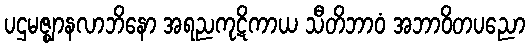
ပဌမဇ္ဈာနလာဘိနော အရညကုဋိကာယ သီတိဘာဝံ အဘာဝိတပညော